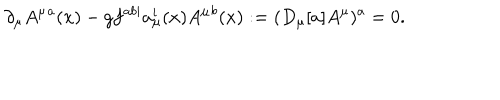
\partial _ { \mu } A ^ { \mu } { } ^ { a } ( x ) - g f ^ { a b i } a _ { \mu } ^ { i } ( x ) A ^ { \mu } { } ^ { b } ( x ) : = ( D _ { \mu } [ a ] A ^ { \mu } ) ^ { a } = 0 .